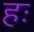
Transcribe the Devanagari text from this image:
हः